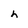
Character: h